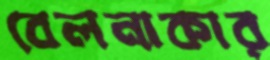
বেলনাকার